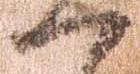
一